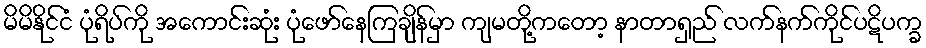
မိမိနိုင်ငံ ပုံရိပ်ကို အကောင်းဆုံး ပုံဖော်နေကြချိန်မှာ ကျမတို့ကတော့ နာတာရှည် လက်နက်ကိုင်ပဋိပက္ခ